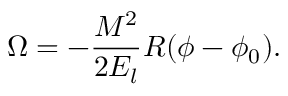
\Omega = - { \frac { M ^ { 2 } } { 2 E _ { l } } } R ( \phi - \phi _ { 0 } ) .